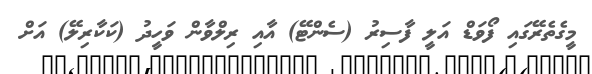
މީގެތެރޭގައި ފޯވަޑް އަލީ ފާސިރު (ސެންޓޭ) އާއި ރިލްވާން ވަހީދު (ކަކާރިލޭ) އަށް